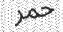
حمر